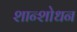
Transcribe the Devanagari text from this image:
शान्शोधन